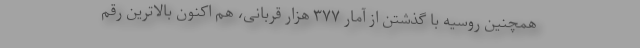
همچنین روسیه با گذشتن از آمار ۳۷۷ هزار قربانی، هم اکنون بالاترین رقم